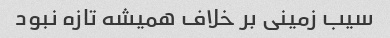
سیب زمینی بر خلاف همیشه تازه نبود